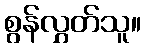
စွန်လွှတ်သူ။